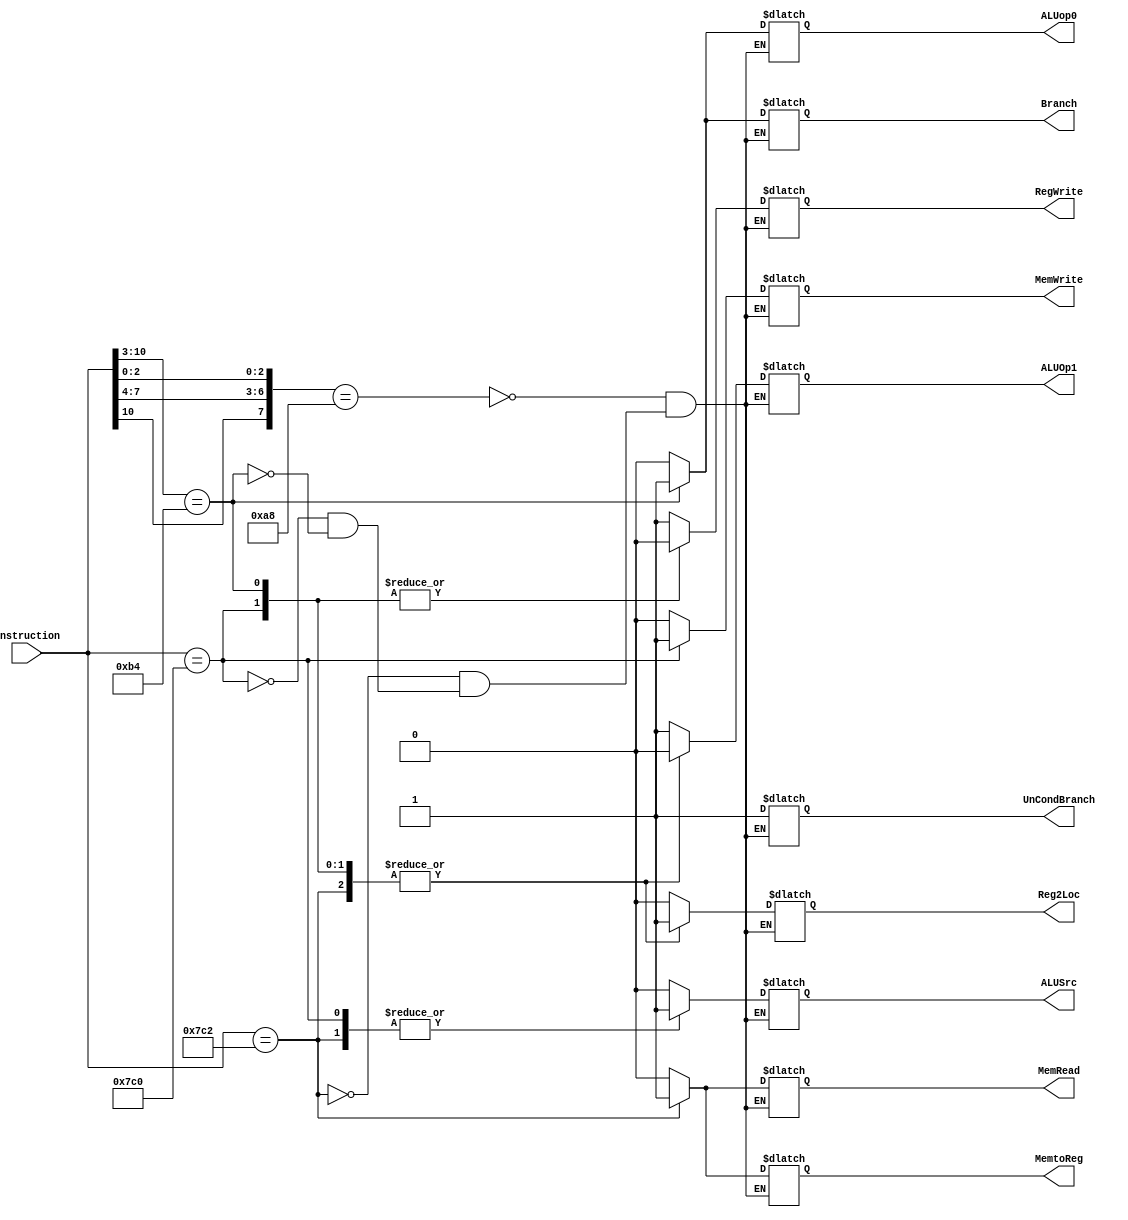
module control_unit #(parameter delay=0) (input[10:0] instruction ,output reg Reg2Loc, ALUSrc , MemtoReg , RegWrite , MemRead , MemWrite , Branch ,UnCondBranch, ALUOp1 , ALUop0);

always @(*) #delay  begin 
casex (instruction)
11'b1xx0101x000:
begin
Reg2Loc = 0;
ALUSrc = 0;
MemtoReg = 0;
RegWrite = 1;
MemRead = 0 ;
MemWrite = 0;
Branch = 0;
UnCondBranch = 1;
ALUOp1 = 1;
ALUop0 = 0;
end 
11'b11111000010:
begin
Reg2Loc = 1;
ALUSrc = 1;
MemtoReg = 1;
RegWrite = 1;
MemRead = 1 ;
MemWrite = 0;
Branch = 0;
UnCondBranch = 1;
ALUOp1 = 0;
ALUop0 = 0;
end
11'b11111000000:
begin
Reg2Loc = 1;
ALUSrc = 1;
MemtoReg = 0;
RegWrite = 0;
MemRead = 0 ;
MemWrite = 1;
Branch = 0;
UnCondBranch = 1;
ALUOp1 = 0;
ALUop0 = 0;
end
11'b10110100xxx:
begin
Reg2Loc = 1;
ALUSrc = 0;
MemtoReg = 0;
RegWrite = 0;
MemRead = 0 ;
MemWrite = 0;
Branch = 1;
UnCondBranch = 1;
ALUOp1 = 0;
ALUop0 = 1;
end
endcase 
end 
endmodule